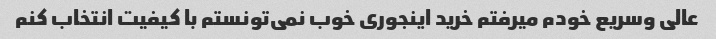
عالی و‌سریع خودم میرفتم خرید اینجوری خوب نمی‌تونستم با کیفیت انتخاب کنم